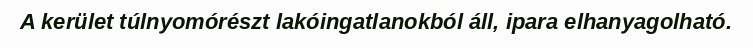
A kerület túlnyomórészt lakóingatlanokból áll, ipara elhanyagolható.